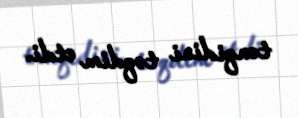
tənqidini təqdim etdi.